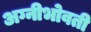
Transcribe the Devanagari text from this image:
अग्नीभोवती